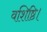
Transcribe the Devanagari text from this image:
वशिष्ठि।